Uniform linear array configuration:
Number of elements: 16
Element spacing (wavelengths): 0.25
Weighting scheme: blackman
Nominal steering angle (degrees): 60
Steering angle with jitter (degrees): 60.126
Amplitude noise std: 0.05
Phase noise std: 0.05

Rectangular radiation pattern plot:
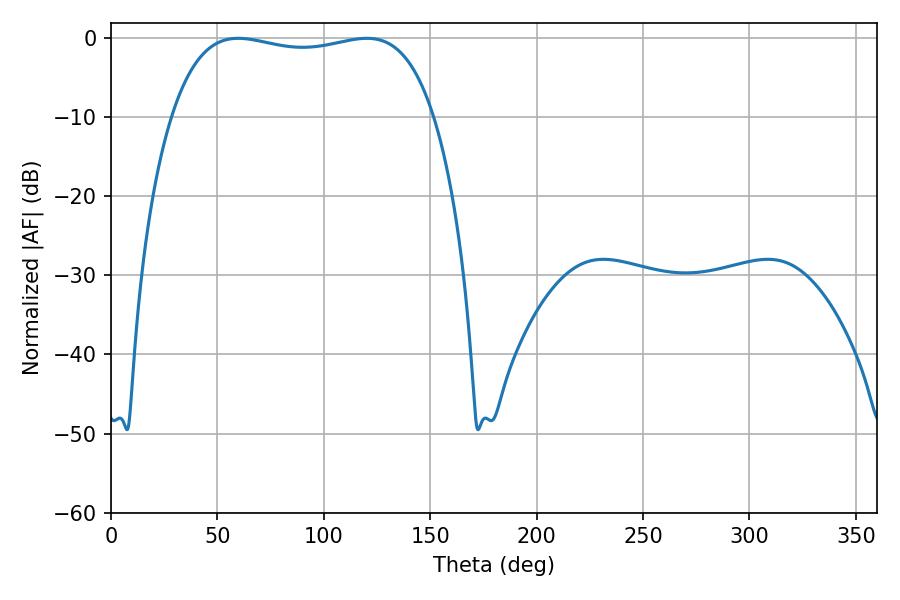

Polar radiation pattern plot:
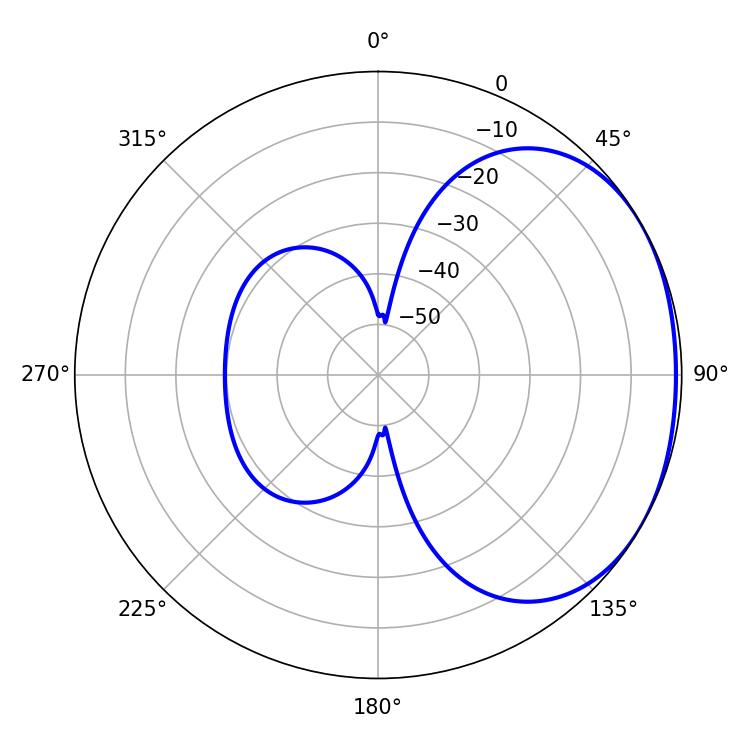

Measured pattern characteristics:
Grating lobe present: FALSE
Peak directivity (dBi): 1.594
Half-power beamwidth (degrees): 99.36
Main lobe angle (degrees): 59.76